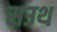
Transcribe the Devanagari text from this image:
सउथ